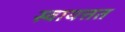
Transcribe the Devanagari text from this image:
स्वायत्तत